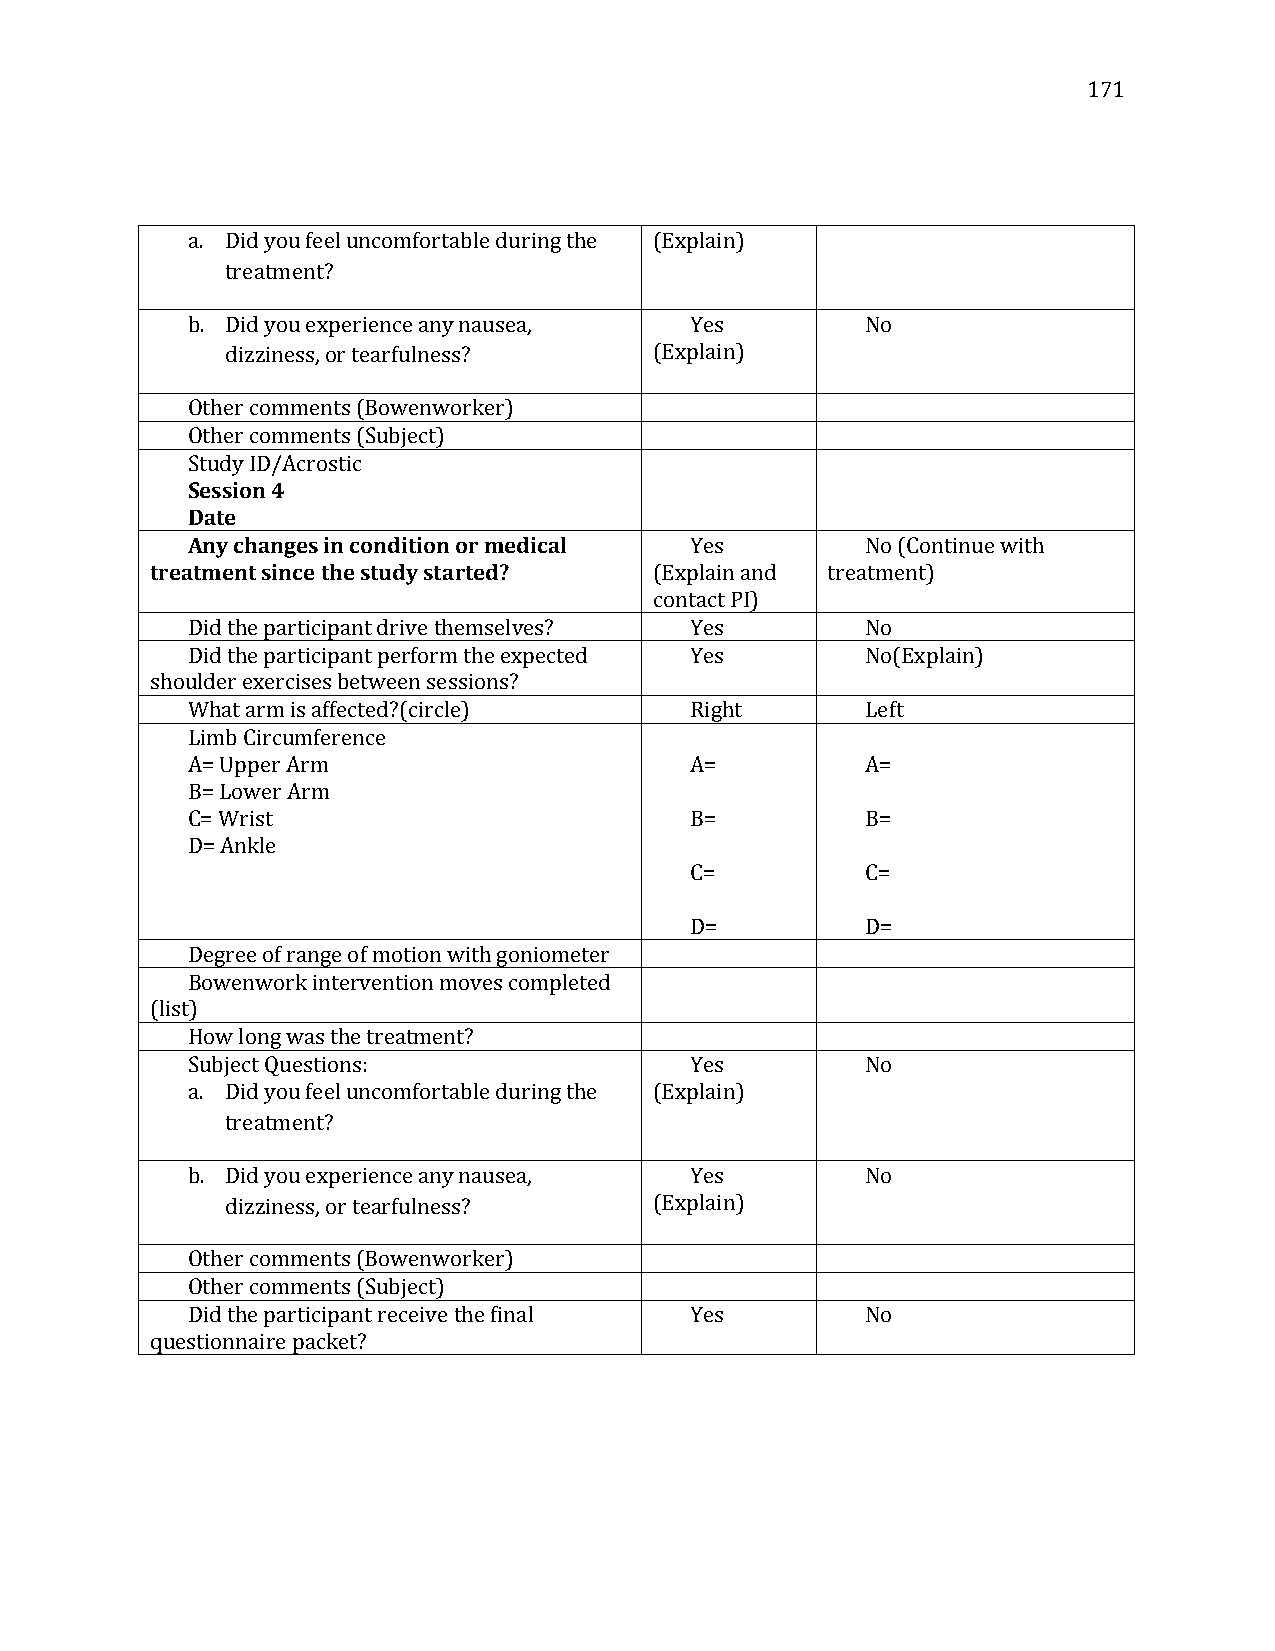
171
 a. Did you feel uncomfortable during the (Explain)
 treatment?
 b. Did you experience any nausea, Yes        No
 dizziness, or tearfulness?  (Explain)
 Other comments (Bowenworker)
 Other comments (Subject)
 Study ID/Acrostic
 Session 4
 Date
 Any changes in condition or medical Yes      No (Continue with
 treatment since the study started? (Explain and treatment)
 contact PI)
 Did the participant drive themselves? Yes    No
 Did the participant perform the expected Yes No(Explain)
 shoulder exercises between sessions?
 What arm is affected?(circle)     Right      Left
 Limb Circumference
 A= Upper Arm                      A=         A=
 B= Lower Arm
 C= Wrist                          B=         B=
 D= Ankle
 C=         C=
 D=         D=
 Degree of range of motion with goniometer
 Bowenwork intervention moves completed
 (list)
 How long was the treatment?
 Subject Questions:                Yes        No
 a. Did you feel uncomfortable during the (Explain)
 treatment?
 b. Did you experience any nausea, Yes        No
 dizziness, or tearfulness?  (Explain)
 Other comments (Bowenworker)
 Other comments (Subject)
 Did the participant receive the final Yes    No
 questionnaire packet?